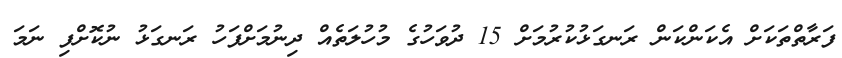
ފަރާތްތަކަށް އެކަންކަން ރަނގަޅުކުރުމަށް 15 ދުވަހުގެ މުހުލަތެއް ދިނުމަށްފަހު ރަނގަޅު ނުކޮށްފި ނަމަ